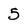
Character: 5